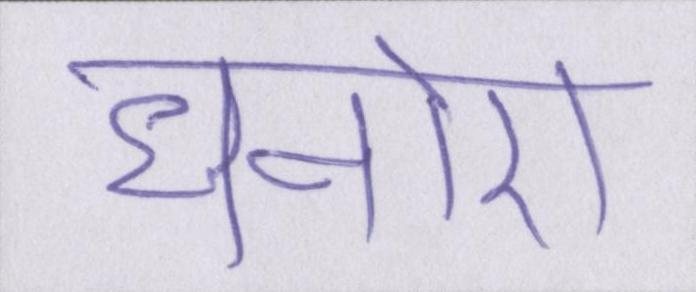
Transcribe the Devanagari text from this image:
धनोरा